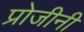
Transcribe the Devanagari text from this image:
प्रोजीनी